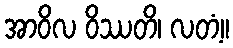
အာဝိလ ဝိဿတိ၊ လတံ့။